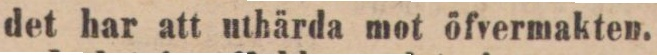
det har att uthärda mot öfvermakten.